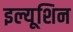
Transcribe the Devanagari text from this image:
इल्यूशिन